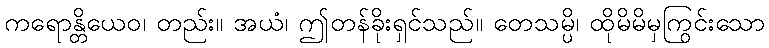
ကရောန္တိယေဝ၊ တည်း။ အယံ၊ ဤတန်ခိုးရှင်သည်။ တေသမ္ပိ၊ ထိုမိမိမှကြွင်းသော